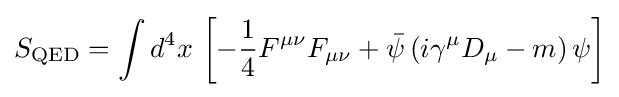
S_{\text{QED}}=\int d^{4}x\,\left[-{\frac {1}{4}}F^{\mu \nu }F_{\mu \nu }+{\bar {\psi }}\,(i\gamma ^{\mu }D_{\mu }-m)\,\psi \right]